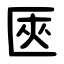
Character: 匧